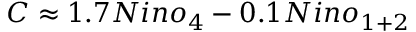
C \approx 1 . 7 N i n o _ { 4 } - 0 . 1 N i n o _ { 1 + 2 }